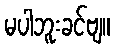
မပါဘူးခင်ဗျ။